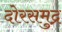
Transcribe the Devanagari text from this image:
दोरसमुद्र